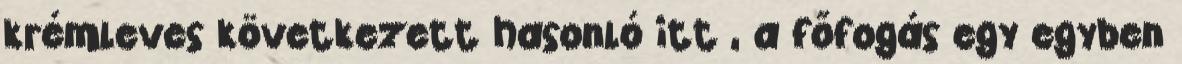
krémleves következett hasonló itt , a főfogás egy egyben